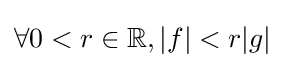
\forall 0<r\in \mathbb {R} ,|f|<r|g|